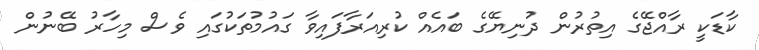
ކާޑަކީ ރާއްޖޭގެ އިތުރުން ދުނިޔޭގެ ބައެއް ކުރިއަރާފައިވާ ގައުމުތަކުގައި ވެސް މިހާރު ބޭނުން